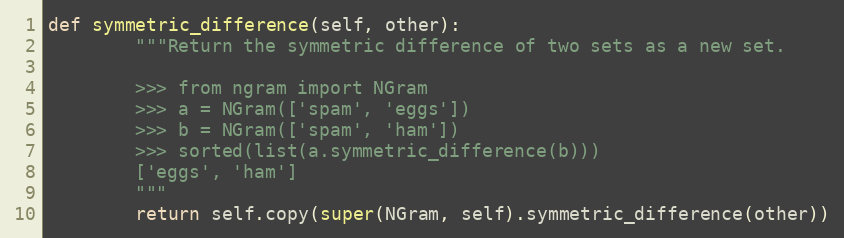
Language: Python
def symmetric_difference(self, other):
        """Return the symmetric difference of two sets as a new set.

        >>> from ngram import NGram
        >>> a = NGram(['spam', 'eggs'])
        >>> b = NGram(['spam', 'ham'])
        >>> sorted(list(a.symmetric_difference(b)))
        ['eggs', 'ham']
        """
        return self.copy(super(NGram, self).symmetric_difference(other))